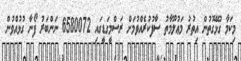
މިކަމާ ގުޅޭގޮތުން އިތުރު މަޢުލޫމާތު ސާފުކުރެއްވުމަށް ރަސްމީގަޑީގައި 6580072 ނަންބަރު ފޯނާ ގުޅުއްވުން